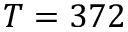
T = 3 7 2